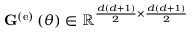
{ \bf G } ^ { \left( \mathrm { e } \right) } \left( \theta \right) \in \mathbb { R } ^ { \frac { d \left( d + 1 \right) } { 2 } \times \frac { d \left( d + 1 \right) } { 2 } }